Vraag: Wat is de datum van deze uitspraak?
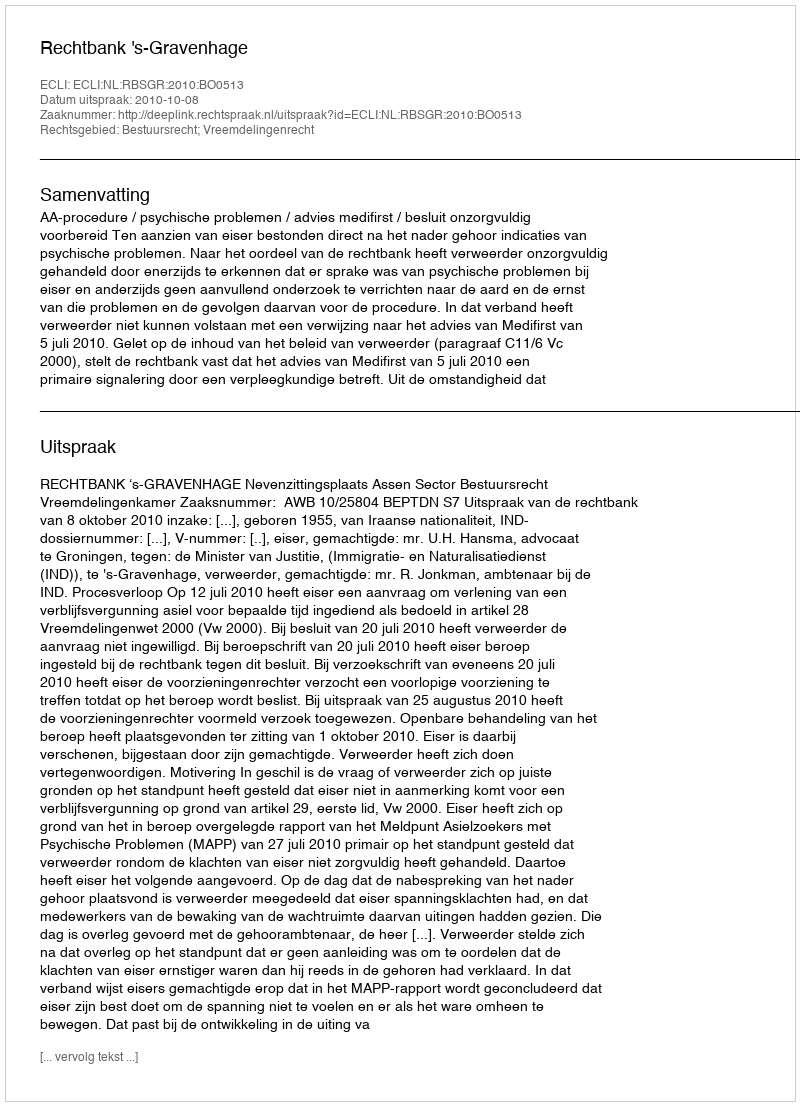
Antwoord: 2010-10-08